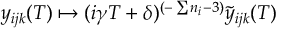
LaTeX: y _ { i j k } ( T ) \mapsto ( i \gamma T + \delta ) ^ { ( - \sum n _ { i } - 3 ) } \tilde { y } _ { i j k } ( T )